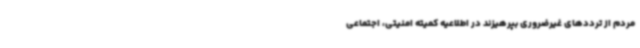
مردم از ترددهای غیرضروری بپرهیزند در اطلاعیه کمیته امنیتی، اجتماعی